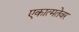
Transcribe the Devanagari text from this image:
एकात्मतेवर